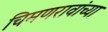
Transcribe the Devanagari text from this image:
चिमणरावांच्या